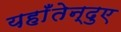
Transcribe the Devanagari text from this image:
यहाँतेन्दुए